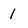
Character: 1